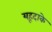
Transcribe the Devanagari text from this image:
यहूदाके